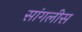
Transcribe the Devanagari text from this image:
सांगलीस